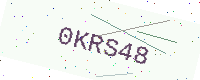
Text: 0KRS48